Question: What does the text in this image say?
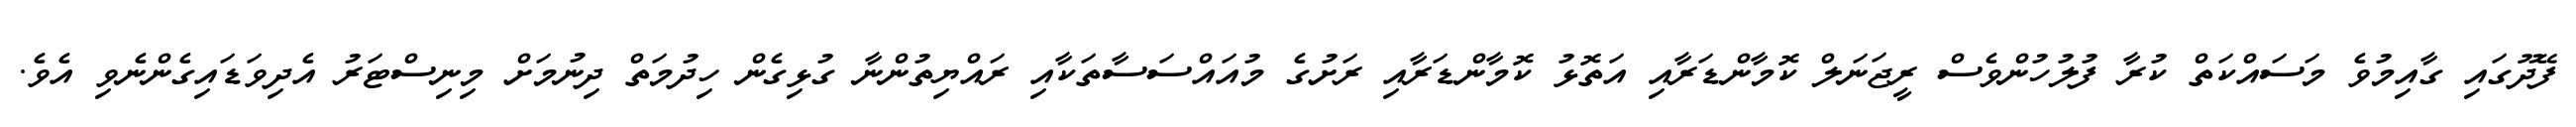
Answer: ފޭދޫގައި ގާއިމުވެ މަސައްކަތް ކުރާ ފުލުހުންވެސް ރީޖަނަލް ކޮމާންޑަރާއި އަތޮޅު ކޮމާންޑަރާއި ރަށުގެ މުއައްސަސާތަކާއި ރައްޔިތުންނާ ގުޅިގެން ހިދުމަތް ދިނުމަށް މިނިސްޓަރު އެދިވަޑައިގެންނެވި އެވެ.